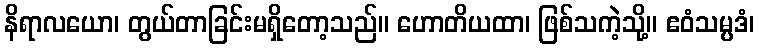
နိရာလယော၊ တွယ်တာခြင်းမရှိတော့သည်။ ဟောတိယထာ၊ ဖြစ်သကဲ့သို့။ ဧဝံသမ္ပဒံ၊